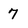
Character: 7